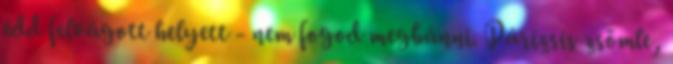
edd felvágott helyett - nem fogod megbánni. Párizsis zsömle,